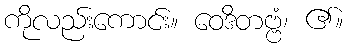
ကိုလည်းကောင်း။ ဝေဒိတဗ္ဗံ၊ ၏။